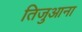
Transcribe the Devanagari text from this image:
तिजुआना